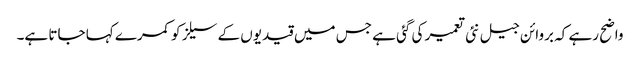
واضح رہے کہ بروائن جیل نئی تعمیر کی گئی ہے جس میں قیدیوں کے سیلز کو کمرے کہا جاتا ہے۔